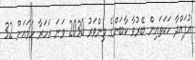
އުފައްދާ ހަކަތައިން ބޭރުވާ ކާބަންގެ މިންވަރު 2030 ވަނަ އަހަރާ ހަމައަށް 32